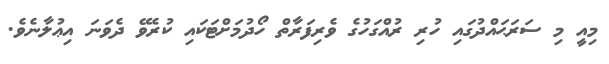
މިއީ މި ސަރަޙައްދުގައި ހުރި ރުއްގަހުގެ ވެރިފަރާތް ހޯދުމަށްޓަކައި ކުރެވޭ ދެވަނަ އިޢުލާނެވެ.